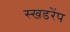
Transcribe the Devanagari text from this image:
स्खडरेंप